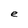
Character: e